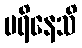
ပရိနေသိ